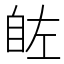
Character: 𮍗